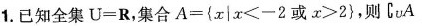
1.已知全集$$U = R$$，集合$$A = \left{x |x < - 2 或 x > 2 \right}$$，则C_{u}A